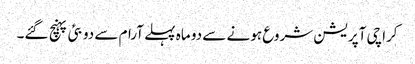
کراچی آپریشن شروع ہونے سے دو ماہ پہلے آرام سے دوبئی پہنچ گئے۔